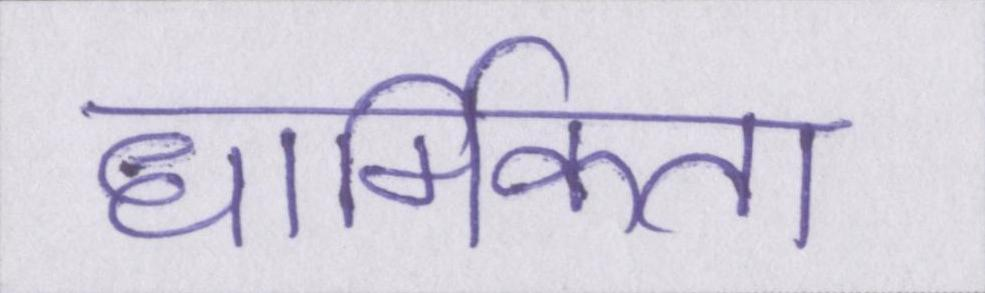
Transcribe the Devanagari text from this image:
धार्मिकता